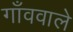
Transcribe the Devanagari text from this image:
गाँववाले